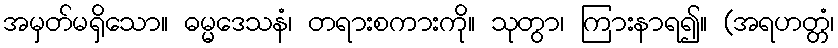
အမှတ်မရှိသော။ ဓမ္မဒေသနံ၊ တရားစကားကို။ သုတွာ၊ ကြားနာရ၍။ (အရဟတ္တံ၊